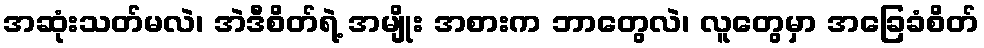
အဆုံးသတ်မလဲ၊ အဲဒီစိတ်ရဲ့ အမျိုး အစားက ဘာတွေလဲ၊ လူတွေမှာ အခြေခံစိတ်